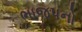
ભાજપનો